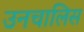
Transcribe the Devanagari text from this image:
उनचालिस